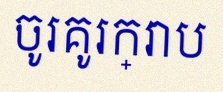
ចូរគូរក្រាប